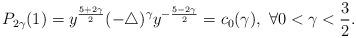
LaTeX: \begin{align*}P_{2\gamma}(1)=y^{\frac{5+2\gamma}{2}}(-\triangle)^{\gamma}y^{-\frac{5-2\gamma}{2}}=c_0(\gamma),\ \forall 0<\gamma<\frac{3}{2}.\end{align*}